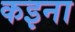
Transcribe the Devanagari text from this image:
कइना